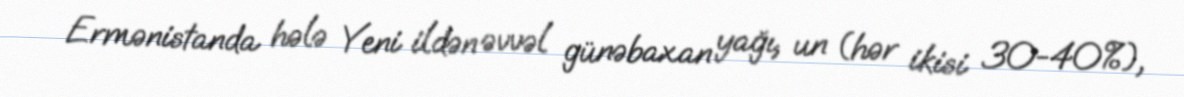
Ermənistanda hələ Yeni ildən əvvəl günəbaxan yağı, un (hər ikisi 30-40%),